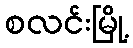
စလင်းမြို့